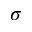
\sigma